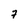
Character: 7